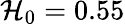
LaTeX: \mathcal{H}_{0}=0.55